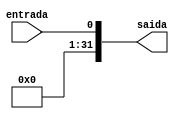
module sign_extend_32 (
    input wire entrada,
    output reg [31:0] saida
);

assign saida = {31'd0 , entrada};

endmodule